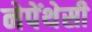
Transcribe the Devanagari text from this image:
नेपेंथेसी